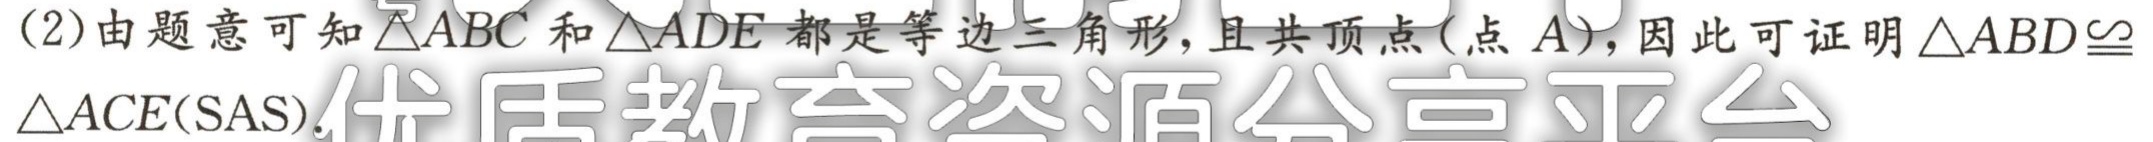
(2)由题意可知$\triangle ABC$和$\triangle ADE$都是等边三角形，且共顶点(点$A$)，因此可证明$\triangle ABD\cong\triangle ACE(\text{SAS})$